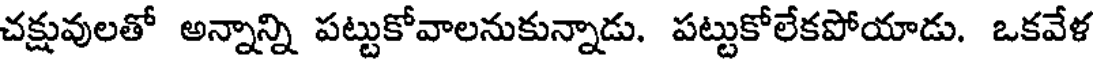
చక్షువులతో అన్నాన్ని పట్టుకోవాలనుకున్నాడు. పట్టుకోలేకపోయాడు. ఒకవేళ